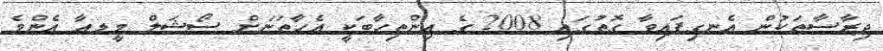
ދިރާސާތަކުން އެނގިފައިވާ ގޮތުގައި 2008 ގެ އިންތިހާބަކީ އެހާތަނަށް ސޯޝަލް މީޑއާ އެންމެ